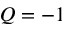
Q = - 1